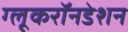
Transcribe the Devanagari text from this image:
ग्लूकरॉनडेशन